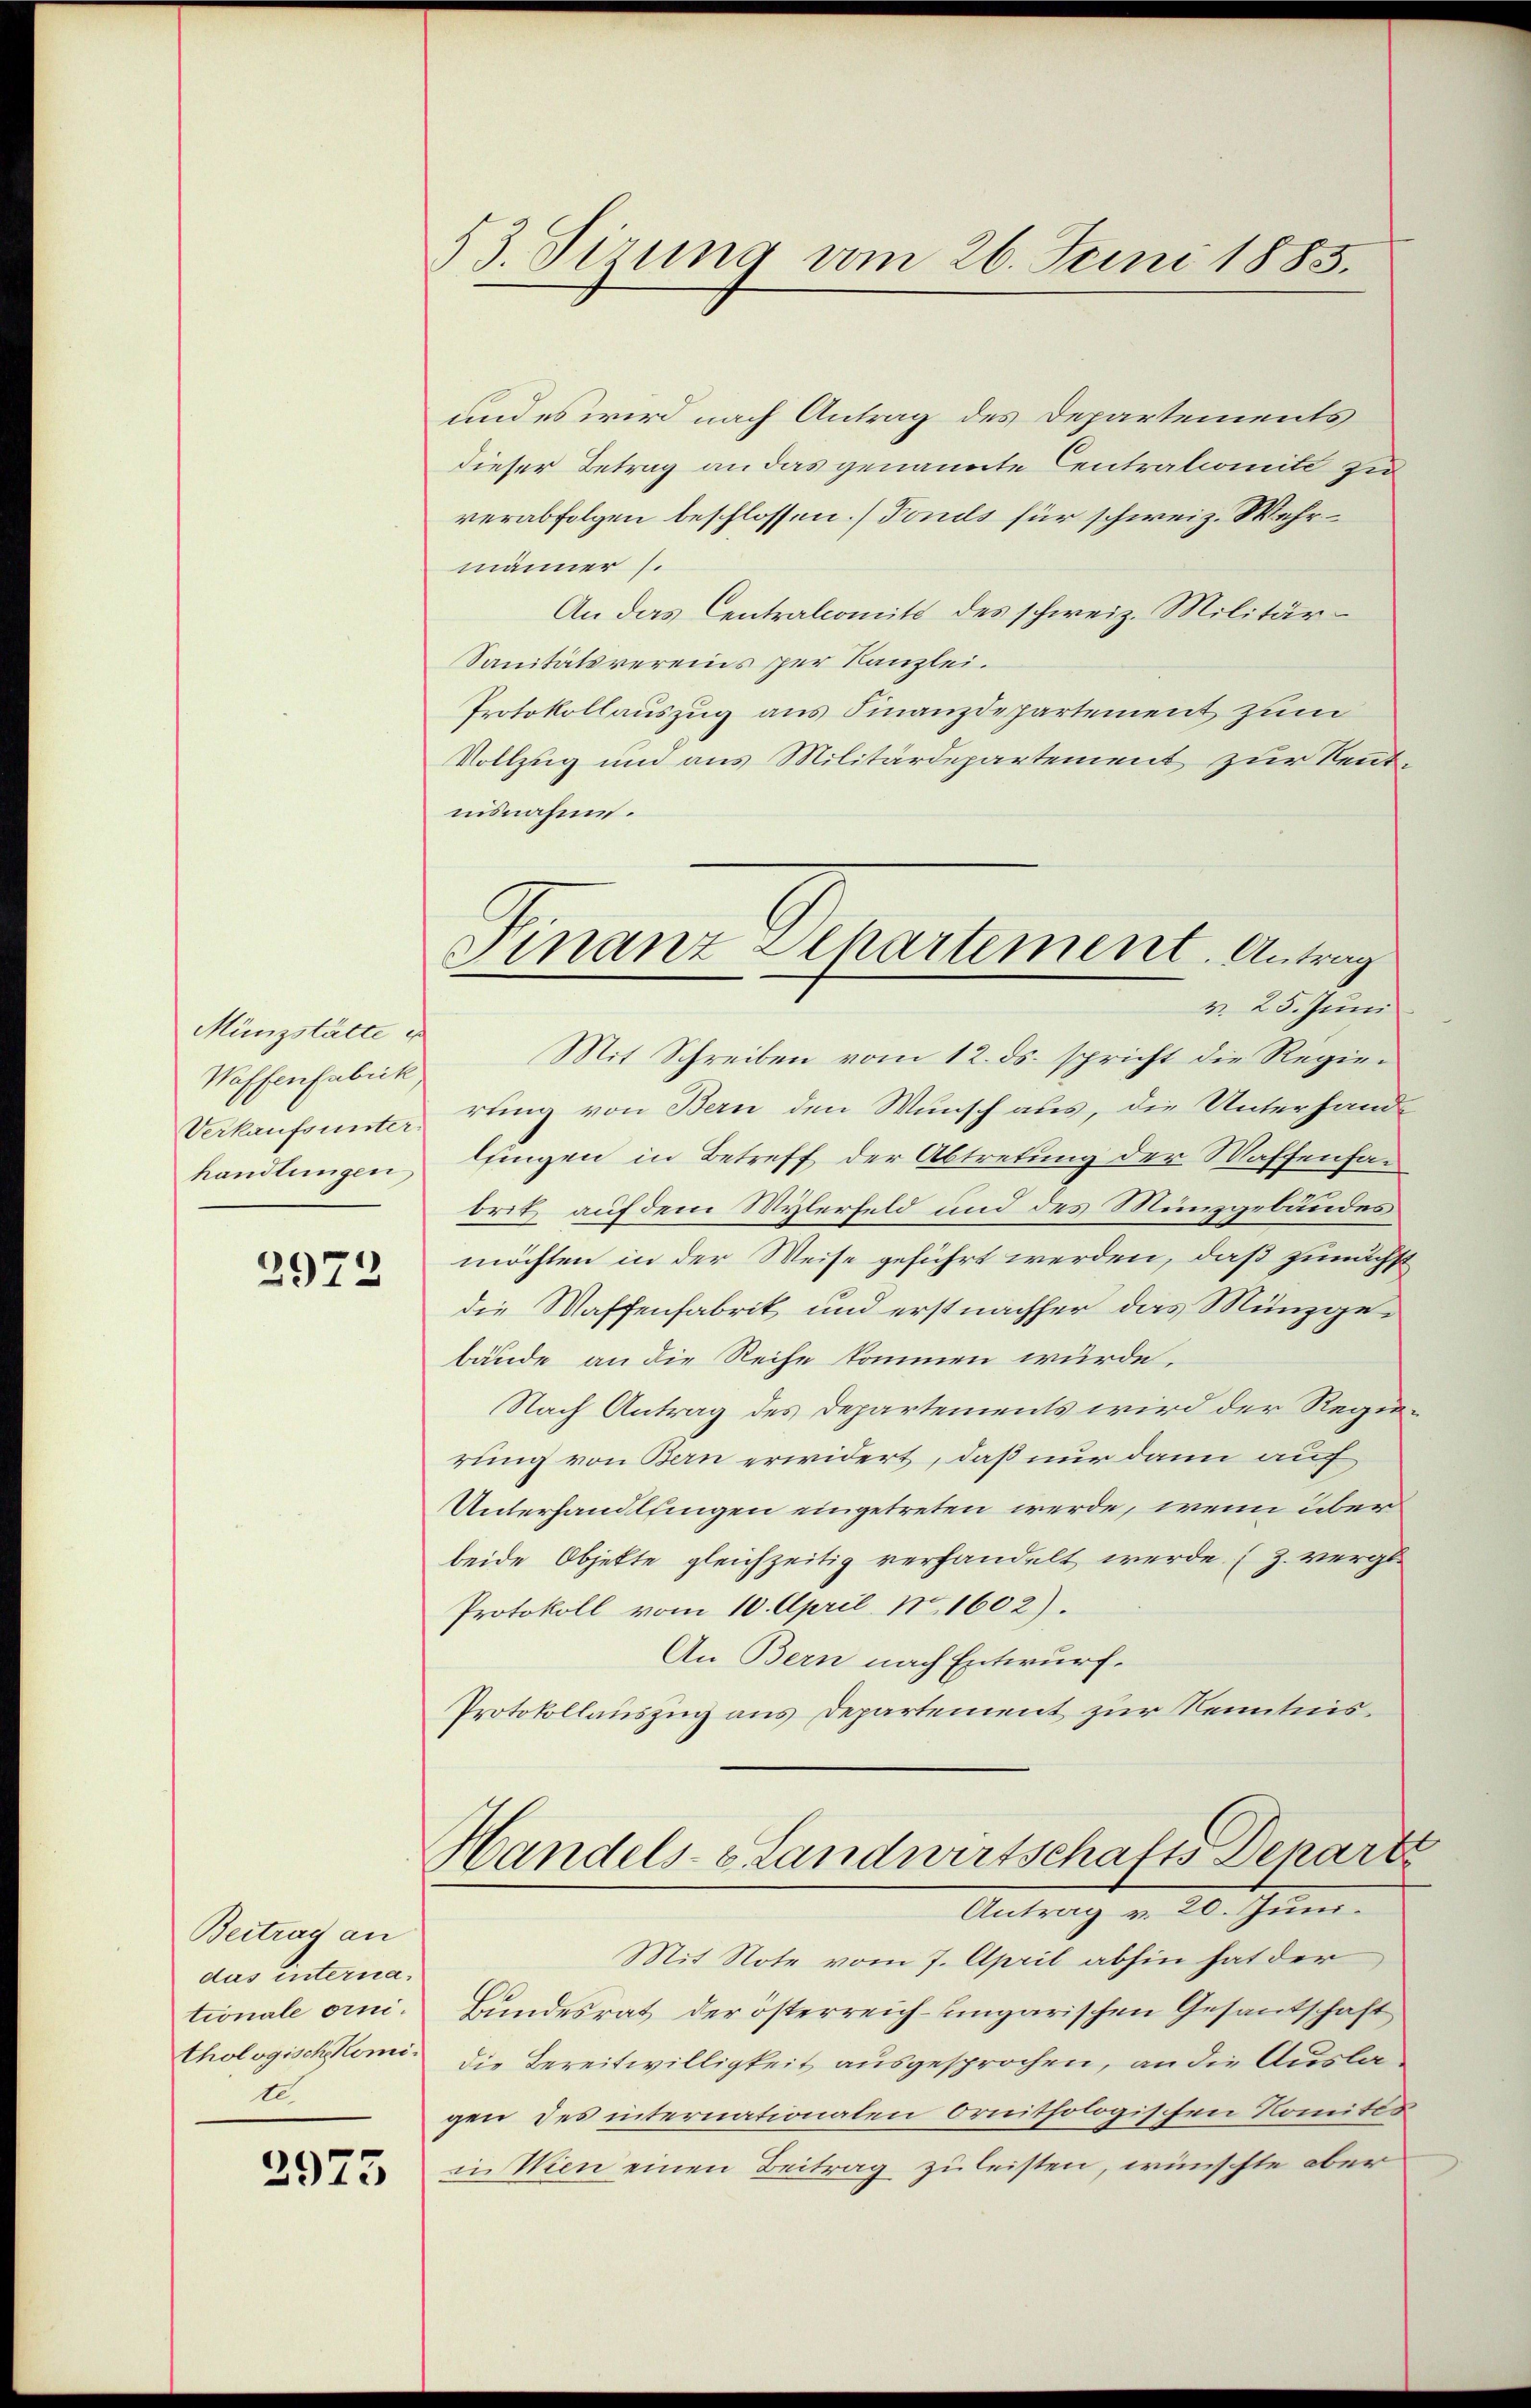
Münzstätte e
Waffenfabrik
Verkaufsunter
handlungen

2972

Beitrag an
das internationale ornithologischkomi¬
1.

2973

53. Sirung vom 26. Juni 1885.

und es wird nach Antrag des Departements
dieser Betrag an das genannte Centrationiit zu
verabfolgen beschlossen.) Fonds für schweiz. Wehrmänner /.
An das Centralcomit des schweiz. Militär-
Sanitätsvereins per Kanzlei.
Protokollauszug aus Finanzdepartement zum
Vollzug und aus Militärdepartement zur Kenntnisnahme.
v. 25. Juni
Mit Schreiben vom 12. ds. spricht die Regier
rting von Bern den Wunsch aus, die Unterhandlungen in Betreff der Abtretung der Waffenfabrit auf dem Mylerfeld und des Münzgebundes
möchten in der Weise geführt werden, daß zunächst
die Waffenfabrik und erst nachher das Münzgebäude an die Reihe kommen wurde.
Nach Antrag des Departements wird der Regierung von Bern erwidert, daß nur dann auch
Unterhandlungen eingetreten werde, wenn über
beide Objekte gleichzeitig verhandelt werde (Z. vergl.
Protokoll vom 10. April. No. 1602).
An Bern nach Entwurf.
Protokollauszug aus Departement zur Kenntnis¬
Handels- & Landwirtschafts Denart
Antrag v. 20. Juni.
Mit Note vom 7. April abhin hat der
Bundesrat der österreich-ungarischen Gesandschaft
die Bereitwilligkeit ausgesprochen, an die Auslagen des internationalen ornithologischen Komités
in Wien einen Beitrag zu leisten, wünschte aber

Finanz Separtement. Antrag